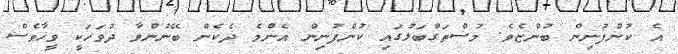
އެ ކުންފުނިން ބުންޏެވެ. މުސްތަގްބަލުގައި ކުންފުނިން އެންމެ ދެކެން ބޭނުންވާ ދުވަހަކީ ވީހާވެސް